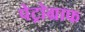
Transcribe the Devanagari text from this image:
पेट्रोग्राफ